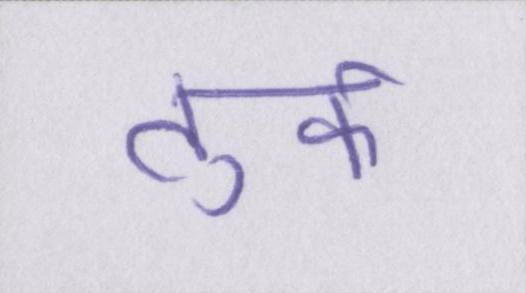
तुर्क